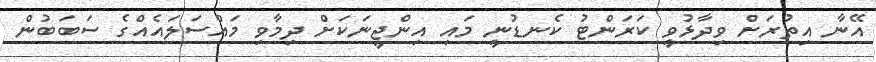
އޭނާ އިތުރަށް ވިދާޅުވީ ކަރަންޓު ކެނޑުނީ މައި އިންޖީނަކަށް ދިމާވި މައްސަލައެއްގެ ސަބަބުން